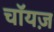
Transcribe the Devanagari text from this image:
चॉयज़